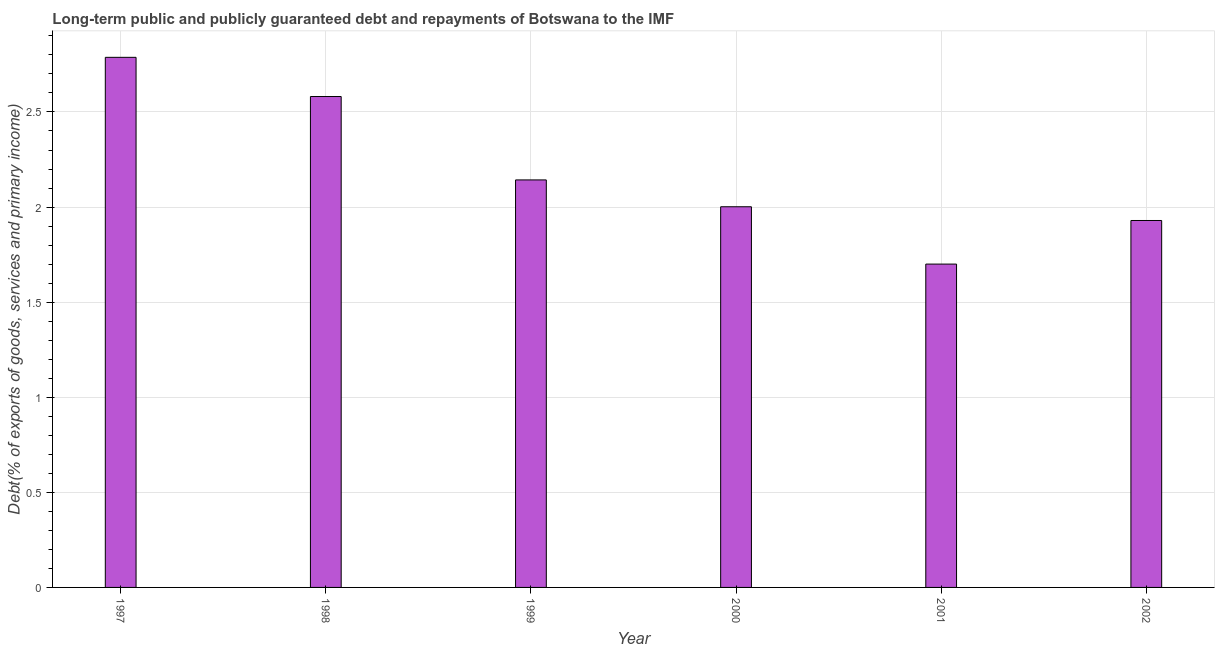
| Year | Debt service (PPG and IMF only) |
 | --- | --- |
 | 1997 | 2.79 |
 | 1998 | 2.58 |
 | 1999 | 2.14 |
 | 2000 | 2 |
 | 2001 | 1.7 |
 | 2002 | 1.93 |